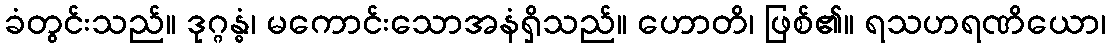
ခံတွင်းသည်။ ဒုဂ္ဂန္ဓံ၊ မကောင်းသောအနံရှိသည်။ ဟောတိ၊ ဖြစ်၏။ ရသဟရဏိယော၊